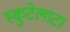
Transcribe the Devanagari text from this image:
स्कुटेलाटा